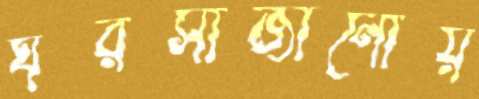
ঘরসাজানোয়